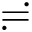
\risingdotseq